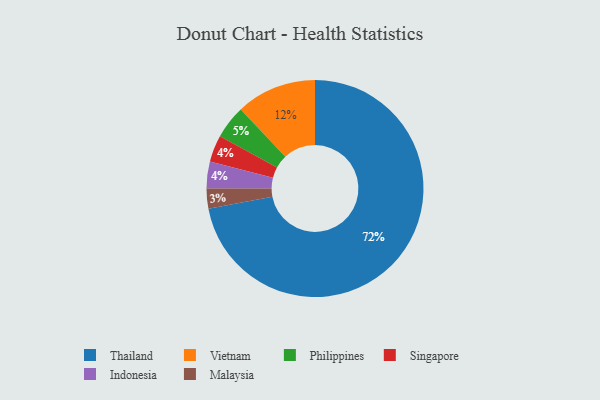
{"axis": {"x": "Category", "y": "Percentage"}, "legend": ["Indonesia", "Malaysia", "Philippines", "Singapore", "Thailand", "Vietnam"], "data": [{"x": "Malaysia", "y": 3, "type": "Malaysia"}, {"x": "Vietnam", "y": 12, "type": "Vietnam"}, {"x": "Thailand", "y": 72, "type": "Thailand"}, {"x": "Singapore", "y": 4, "type": "Singapore"}, {"x": "Philippines", "y": 5, "type": "Philippines"}, {"x": "Indonesia", "y": 4, "type": "Indonesia"}]}